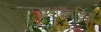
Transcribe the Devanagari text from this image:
कुशांसहित